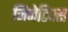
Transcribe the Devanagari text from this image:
जिनेटिक्स